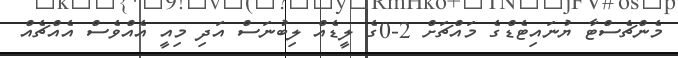
މެންޗެސްޓާ ޔުނައިޓެޑްގެ މައްޗަށް 2-0ގެ ލީޑެއް ލިބުނަސް އަދި މިއީ އެއްވެސް އެއްޗެއް